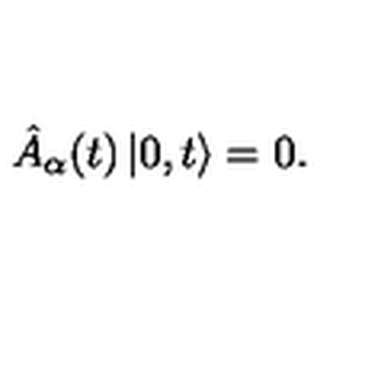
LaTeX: \hat { A } _ { \alpha } ( t ) \left| 0 , t \right> = 0 .